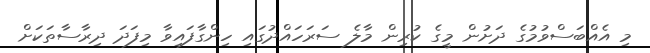
މި އެއްބަސްވުމުގެ ދަށުން މީގެ ކުރިން މާލެ ސަރަހައްދުގައި ހިންގާފައިވާ މިފަދަ ދިރާސާތަކަށް